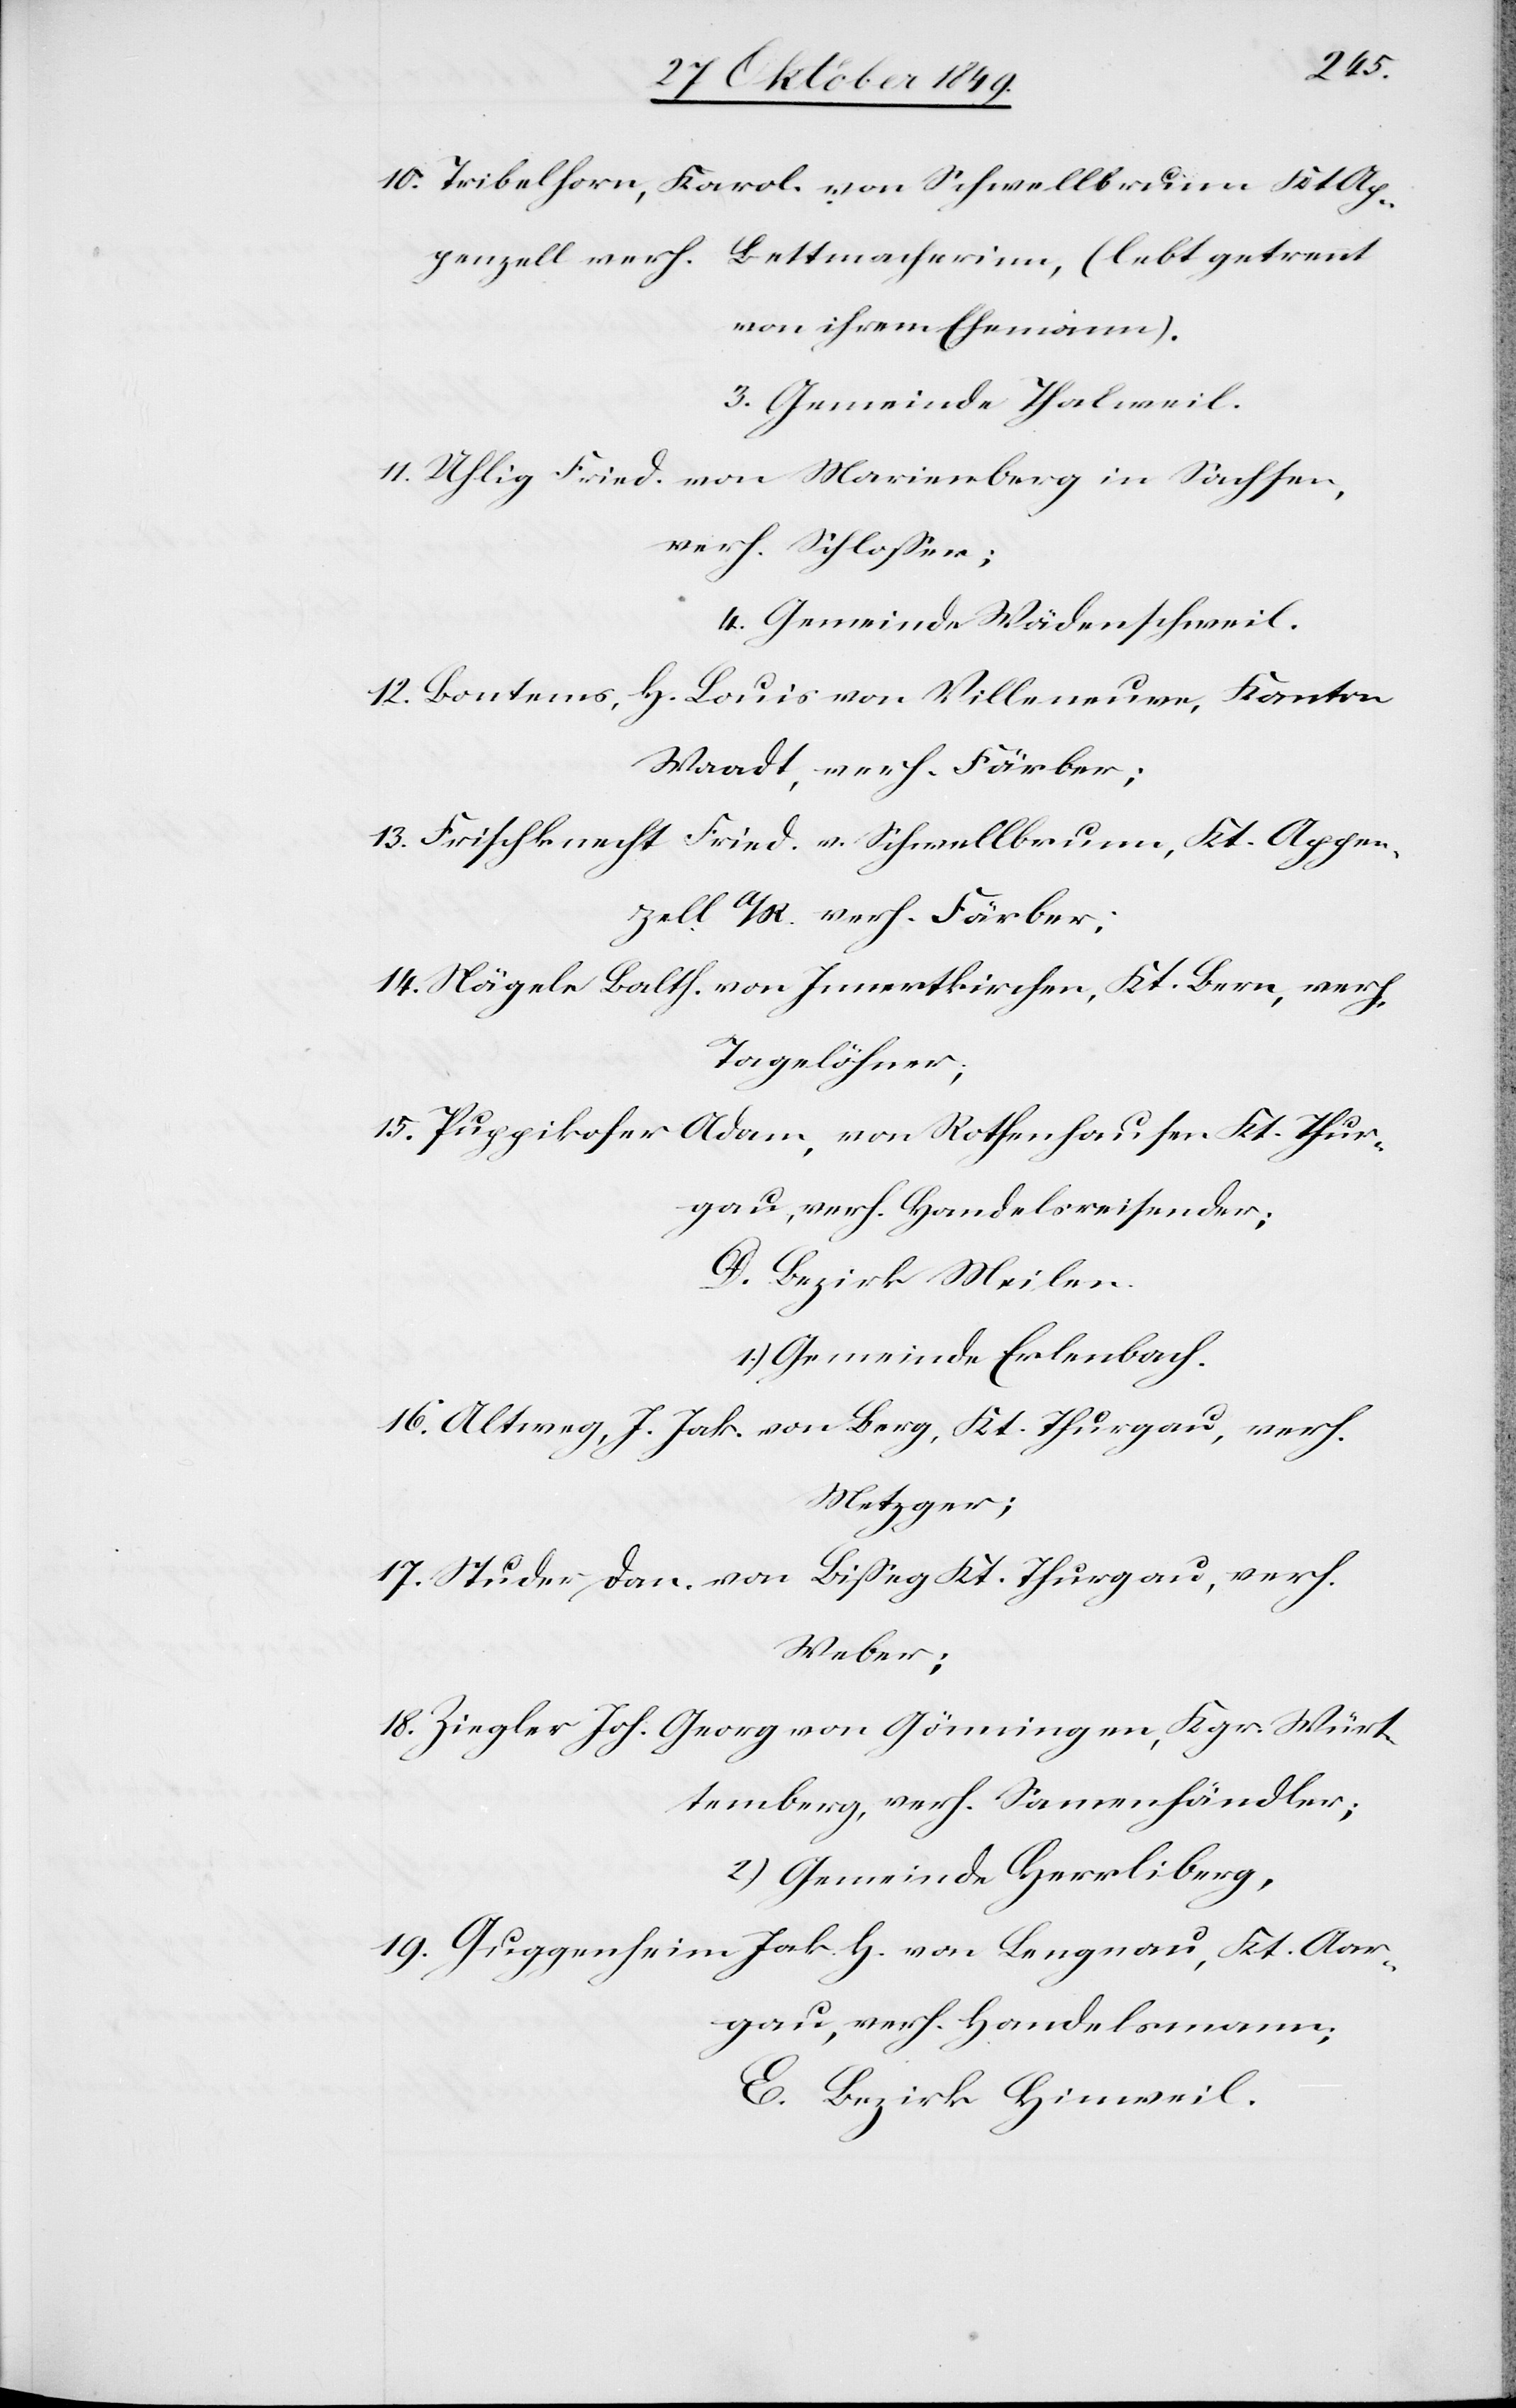
gau,
10. Treibelhorn, Karol. von Schwellbrunn Kt. Ap¬
penzell verh. Bettmacherinn, (lebt getren¬
nt ihrem Ehemann).
3. Gemeinde Thalweil.
11. Uhlig Fried. von Marienberg in Sachsen,
verh. Schloßer;
12. Bontens, H. Louis von Villeneuer, Kanton
13. Frischknecht Fried. v. Schwellbrunn, Kt. Appen¬
14. Nägele Balth. von Innertkirchen, Kt. Bern,
Tagelöhner;
15. Puppikofer Adam, von Rothenhausen Kt. Thur¬
verh. Handelsreisender;
D. Bezirk Meilen.
1.) Gemeinde Erlenbach.
16. Altweg, J. Jak. von Berg, Kt. Thurgau, verh.
Metzger;
17. Studer Dan. von Bißeg Kt. Thurgau, verh.
temberg,
18. Ziegler Joh. Georg von Gönningen, Kgr. Würt¬
2.) Gemeinde Herrliberg.
19. Guggenheim Jak. H. von Lengnau, Kt. Aar¬
E. Bezirk Hinweil.